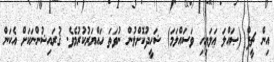
އިން ޗީފް (ޞައްލަ ޢަލައިހި ވަސައްލަމަ) ޝަހީދުކޮށްލުން ނުވަތަ ހައްޔަރުކުރުމެވެ. ޤުރައިޝުންނަކަށް އެކަން